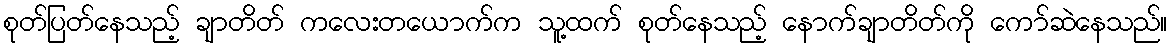
စုတ်ပြတ်နေသည့် ချာတိတ် ကလေးတယောက်က သူ့ထက် စုတ်နေသည့် နောက်ချာတိတ်ကို ကော်ဆဲနေသည်။